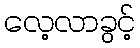
လေ့လာခွင့်